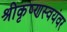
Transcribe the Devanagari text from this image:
श्रीकृष्णस्वयंवर